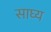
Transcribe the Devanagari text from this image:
साघ्य